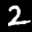
Label: 2